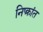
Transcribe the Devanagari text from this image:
निष्क्रांत